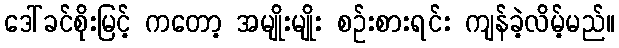
ဒေါ်ခင်စိုးမြင့် ကတော့ အမျိုးမျိုး စဉ်းစားရင်း ကျန်ခဲ့လိမ့်မည်။